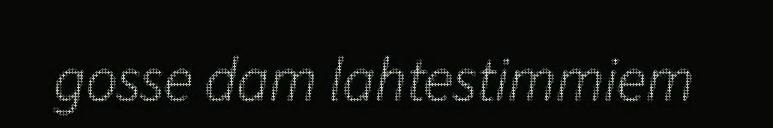
gosse dam lahtestimmiem